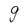
Character: g